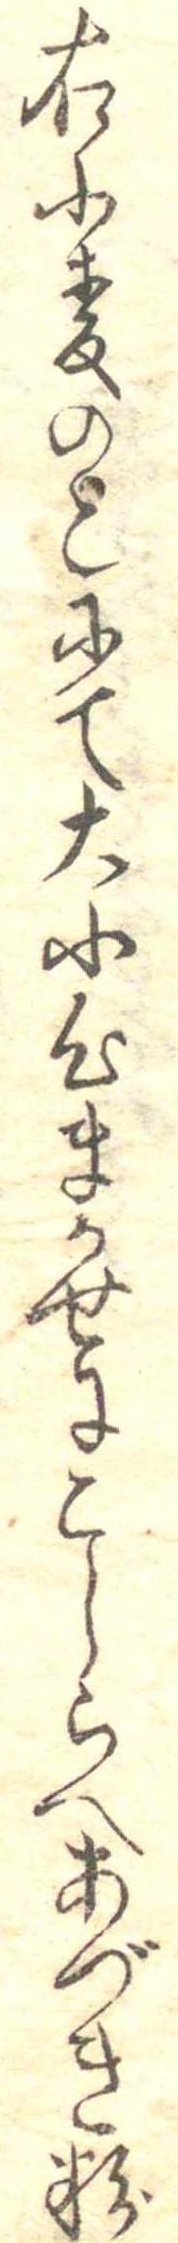
右小麦のこにて大小心まかせにこしらへあづき粉